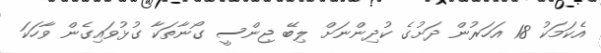
އެކަމަކު 18 އަހަރުން ދަށުގެ ކުދިންނަށް ލިބޭ ޖިންސީ ގޯނާތަކާ ގުޅުވައިގެން ވާހަކަ